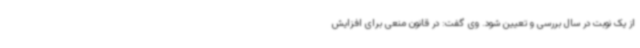
از یک نوبت در سال بررسی و تعیین شود. وی گفت: در قانون منعی برای افزایش